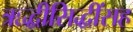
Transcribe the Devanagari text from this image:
ऋद्धीसिद्धींसह